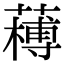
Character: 𦼭